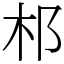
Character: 䢶